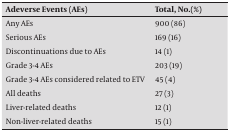
<table><thead><tr><td><b>Adeverse Events (AEs)</b></td><td><b>Total, No.(%)</b></td></tr></thead><tbody><tr><td>Any AEs</td><td>900 (86)</td></tr><tr><td>Serious AEs</td><td>169 (16)</td></tr><tr><td>Discontinuations due to AEs</td><td>14 (1)</td></tr><tr><td>Grade 3-4 AEs</td><td>203 (19)</td></tr><tr><td>Grade 3-4 AEs considered related to ETV</td><td>45 (4)</td></tr><tr><td>All deaths</td><td>27 (3)</td></tr><tr><td>Liver-related deaths</td><td>12 (1)</td></tr><tr><td>Non-liver-related deaths</td><td>15 (1)</td></tr></tbody></table>